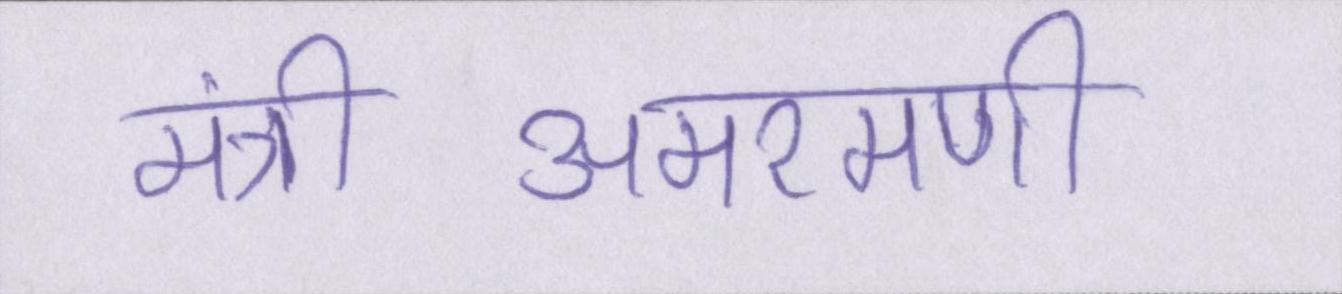
मंत्रीअमरमणी